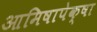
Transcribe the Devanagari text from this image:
आमिषापेक्षा